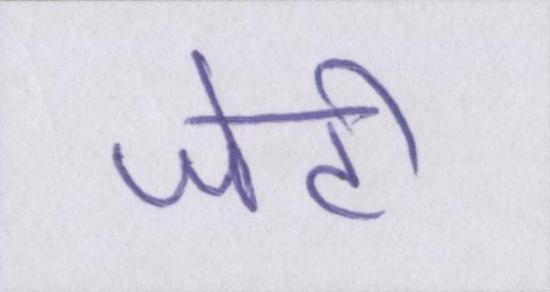
जेटी